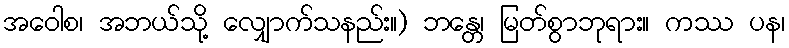
အဝေါစ၊ အဘယ်သို့ လျှောက်သနည်း။) ဘန္တေ၊ မြတ်စွာဘုရား။ ကဿ ပန၊